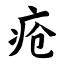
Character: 疮